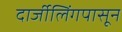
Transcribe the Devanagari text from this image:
दार्जीलिंगपासून